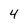
Character: 4